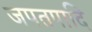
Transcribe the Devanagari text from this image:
जपतपादि